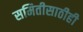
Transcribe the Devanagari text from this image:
समितीसाठीही